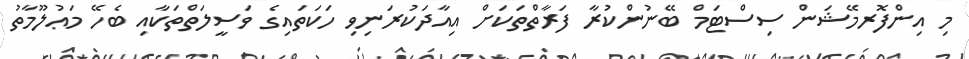
މި އިންފޮރމޭޝަން ސިސްޓަމް ބޭނުންކުރާ ފަރާތްތަކަށް އިއާދަކުރަނިވި ހަކަތައިގެ ވަސީލަތްތަކާއި ބެހޭ މަޢުލޫމާތު